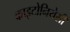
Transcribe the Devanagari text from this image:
काइटोनियेसी